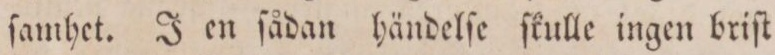
ſamhet. J en ſådan händelſe ſkulle ingen briſt